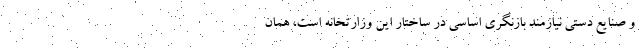
و صنایع دستی نیازمند بازنگری اساسی در ساختار این وزارتخانه است، همان